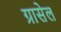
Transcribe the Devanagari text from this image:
ग्रासेल